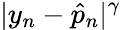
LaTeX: |y_{n}-\hat{p}_{n}|^{\gamma}